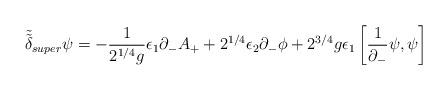
LaTeX: \begin{align*}\tilde{\tilde \delta}_{super} \psi=- {1 \over 2^{1/4}g} \epsilon_1 \partial_- A_++ 2^{1/4}\epsilon_2 \partial_-\phi + 2^{3/4} g \epsilon_1 \left[{1 \over \partial_-}\psi, \psi\right]\end{align*}